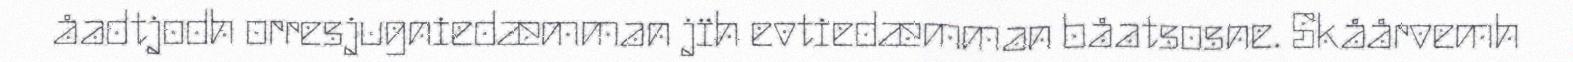
åadtjodh orresjugniedæmman jïh evtiedæmman båatsosne. Skåårvemh